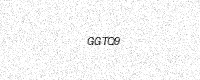
Text: GGTQ9